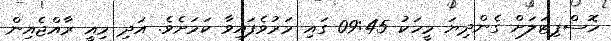
ހޮސްޕިޓަލަށް ގެންދިޔަ މީހަކު 09:45 ގައި މަރުވެފައިވާ ކަމަށެވެ. އަދި މިއީ ރާއްޖެއިން